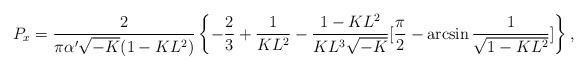
\begin{align*}P_x=\frac{2}{\pi\alpha'\sqrt{-K}(1-KL^2)}\left\{-\frac{2}{3}+\frac{1}{KL^2}-\frac{1-KL^2}{KL^3\sqrt{-K}}[\frac{\pi}{2}-\arcsin\frac{1}{\sqrt{1-KL^2}}]\right\},\end{align*}